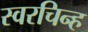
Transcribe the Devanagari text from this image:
स्वरचिन्ह